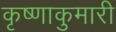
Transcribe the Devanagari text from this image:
कृष्णाकुमारी